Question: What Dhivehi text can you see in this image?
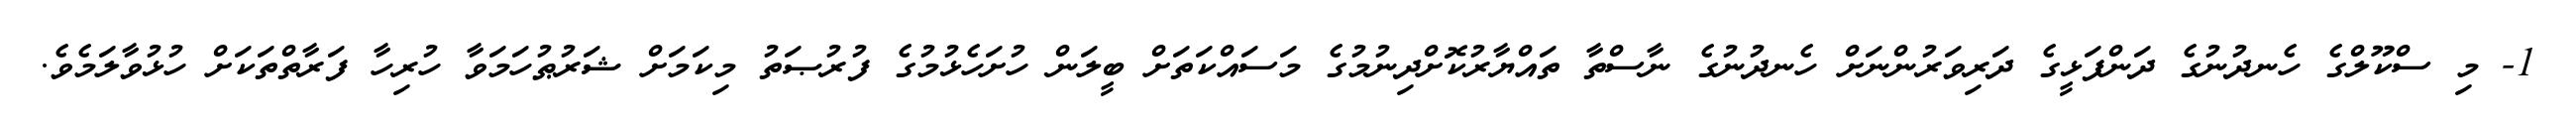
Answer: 1- މި ސްކޫލްގެ ހެނދުނުގެ ދަންފަޅީގެ ދަރިވަރުންނަށް ހެނދުނުގެ ނާސްތާ ތައްޔާރުކޮށްދިނުމުގެ މަސައްކަތަށް ބީލަން ހުށަހެޅުމުގެ ފުރުޞަތު މިކަމަށް ޝަރުޠުހަމަވާ ހުރިހާ ފަރާތްތަކަށް ހުޅުވާލަމެވެ.